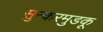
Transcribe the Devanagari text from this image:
सुन्करमुडकू